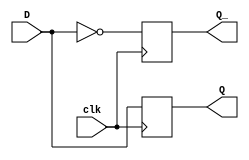
module d_flip_flop(
    input D,    // data input
    input clk,  // clock signal
    output reg Q,  // stored data output
    output reg Q_   // inverted stored data output
);

always @(posedge clk) begin
    Q <= D;
    Q_ <= ~D;
end

endmodule